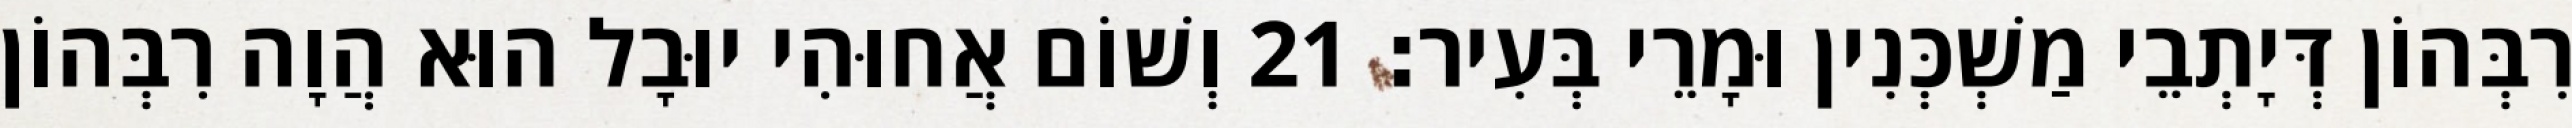
רִבְּהוֹן דְּיָתְבֵי מַשְׁכְּנִין וּמָרֵי בְּעִיר׃ 21 וְשׁוֹם אֲחוּהִי יוּבָל הוּא הֲוָה רִבְּהוֹן